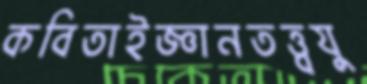
কবিতাইজ্ঞানতত্ত্বযু